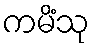
ကမိံသု